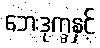
ဘေးဒုက္ခနှင့်